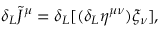
\delta _ { L } \widetilde { \cal J } ^ { \mu } = \delta _ { L } [ ( \delta _ { L } \eta ^ { \mu \nu } ) \xi _ { \nu } ] ,